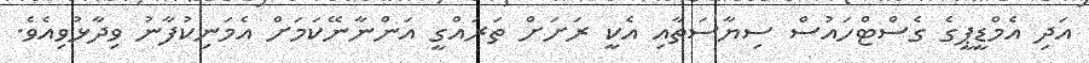
އަދި އެމްޑީޕީގެ ގެސްޓްހައުސް ސިޔާސަތާއި އެކީ ރަށަށް ތަރައްގީ އަންނާނޭކަމަށް އެމަނިކުފާނު ވިދާޅުވިއެވެ.